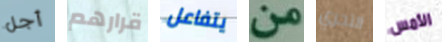
أجل قرارهم يتفاعل من التحري الأمس